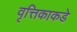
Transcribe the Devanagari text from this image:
वृत्तिकाकडे